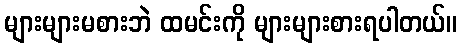
များများမစားဘဲ ထမင်းကို များများစားရပါတယ်။